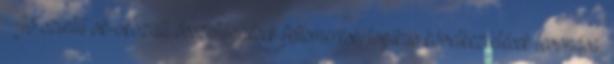
§ Jó szintű ok-okozati összefüggések felismerése, logikus következtetések levonása,